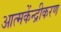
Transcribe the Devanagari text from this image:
आत्मकेंन्द्रीकरण